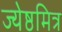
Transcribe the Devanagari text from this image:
ज्येष्ठमित्र